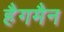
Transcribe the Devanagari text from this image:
हैगमैन